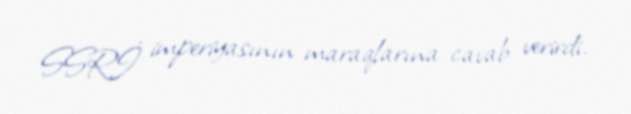
SSRİ imperiyasının maraqlarına cavab verirdi.